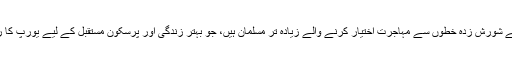
مشرق وسطیٰ کے شورش زدہ خطوں سے مہاجرت اختیار کرنے والے زیادہ تر مسلمان ہیں، جو بہتر زندگی اور پرسکون مستقبل کے لیے یورپ کا رخ کر رہے ہیں۔